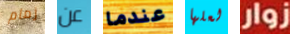
زمام عن عندما لعلها زوار